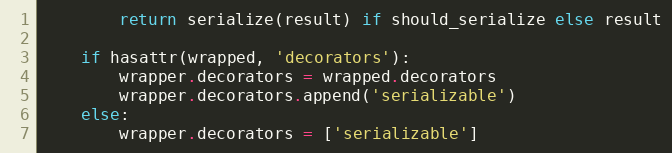
Language: Python
        return serialize(result) if should_serialize else result

    if hasattr(wrapped, 'decorators'):
        wrapper.decorators = wrapped.decorators
        wrapper.decorators.append('serializable')
    else:
        wrapper.decorators = ['serializable']